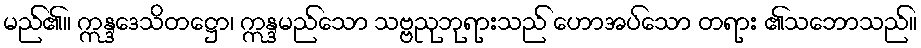
မည်၏။ ဣန္ဒဒေသိတဋ္ဌော၊ ဣန္ဒမည်သော သဗ္ဗညုဘုရားသည် ဟောအပ်သော တရား ၏သဘောသည်။